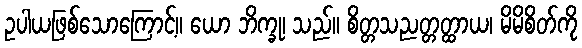
ဥပါယဖြစ်သောကြောင့်။ ယော ဘိက္ခု၊ သည်။ စိတ္တသညတ္တတ္ထာယ၊ မိမိစိတ်ကို